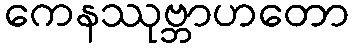
ကေနဿုဗ္ဘာဟတော